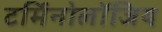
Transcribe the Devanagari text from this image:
टर्मिनोलॉजिय